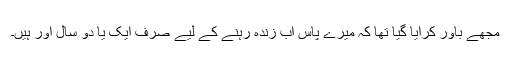
مجھے باور کرایا گیا تھا کہ میرے پاس اب زندہ رہنے کے لیے صرف ایک یا دو سال اور ہیں۔